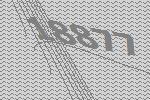
18877